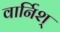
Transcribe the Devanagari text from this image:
वार्निश्